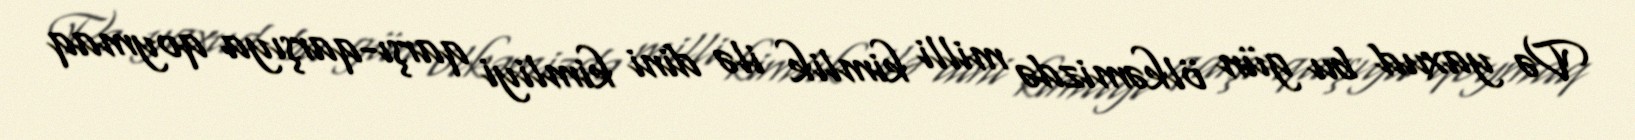
Və yaxud bu gün ölkəmizdə milli kimlik ilə dini kimliyi qarşı-qarşıya qoymaq